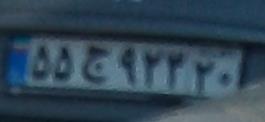
۵۵ج۹۲۳۲۰